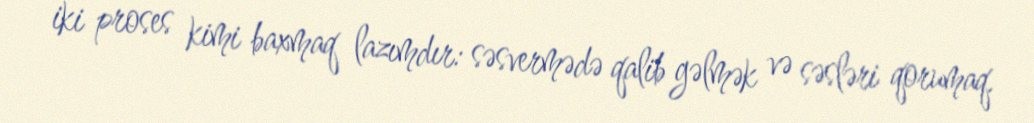
iki proses kimi baxmaq lazımdır: səsvermədə qalib gəlmək və səsləri qorumaq.